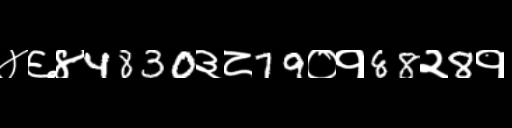
Text: ४६४4830३८79०१88२8१